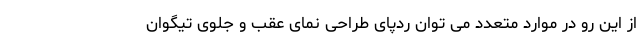
از این رو در موارد متعدد می توان ردپای طراحی نمای عقب و جلوی تیگوان